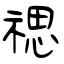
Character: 禗